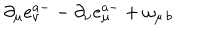
\partial _ { \mu } e _ { \nu } ^ { a - } - \partial _ { \nu } e _ { \mu } ^ { a - } + \omega _ { \mu \, b }